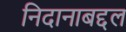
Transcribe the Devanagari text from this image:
निदानाबद्दल